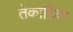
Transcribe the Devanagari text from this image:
तेकाहिक